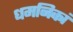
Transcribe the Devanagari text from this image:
धमनिकां